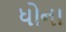
ધોના